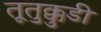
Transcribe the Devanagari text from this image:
तूतुक्कुडी